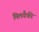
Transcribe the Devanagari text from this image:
मिलवैकी